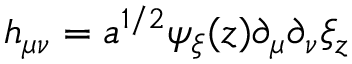
h _ { \mu \nu } = a ^ { 1 / 2 } \psi _ { \xi } ( z ) \partial _ { \mu } \partial _ { \nu } \xi _ { z }